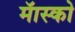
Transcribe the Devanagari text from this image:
मॅास्को